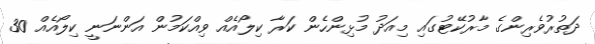
ދަތުރުވެރިންގެ މާރުކޭޓުގައި މިއަދު މުޅިންހެން ކަރާ ކިލޯއެއް ވިއްކަމުން އަންނަނީ ކިލޯއެއް 30